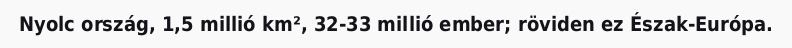
Nyolc ország, 1,5 millió km², 32-33 millió ember; röviden ez Észak-Európa.